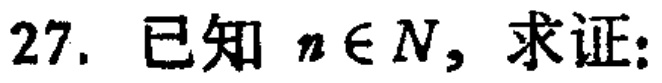
已知 \(n\in N\)，求证：